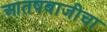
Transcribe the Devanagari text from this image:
आतषबाजीचा